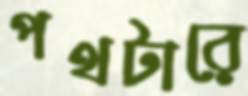
পথটারে